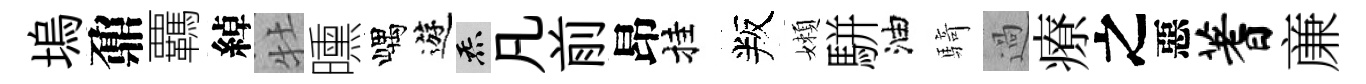
塢鼐覊綽牡曛嵎遊炁凡前昂挂叛嬾駢油騎過療之惡蓍亷